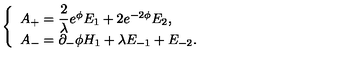
\left\{ \begin{array} { l } { A _ { + } = { \displaystyle \frac { 2 } { \lambda } } e ^ { \phi } E _ { 1 } + 2 e ^ { - 2 \phi } E _ { 2 } , } \\ { A _ { - } = \partial _ { - } \phi H _ { 1 } + \lambda E _ { - 1 } + E _ { - 2 } . } \\ \end{array} \right.